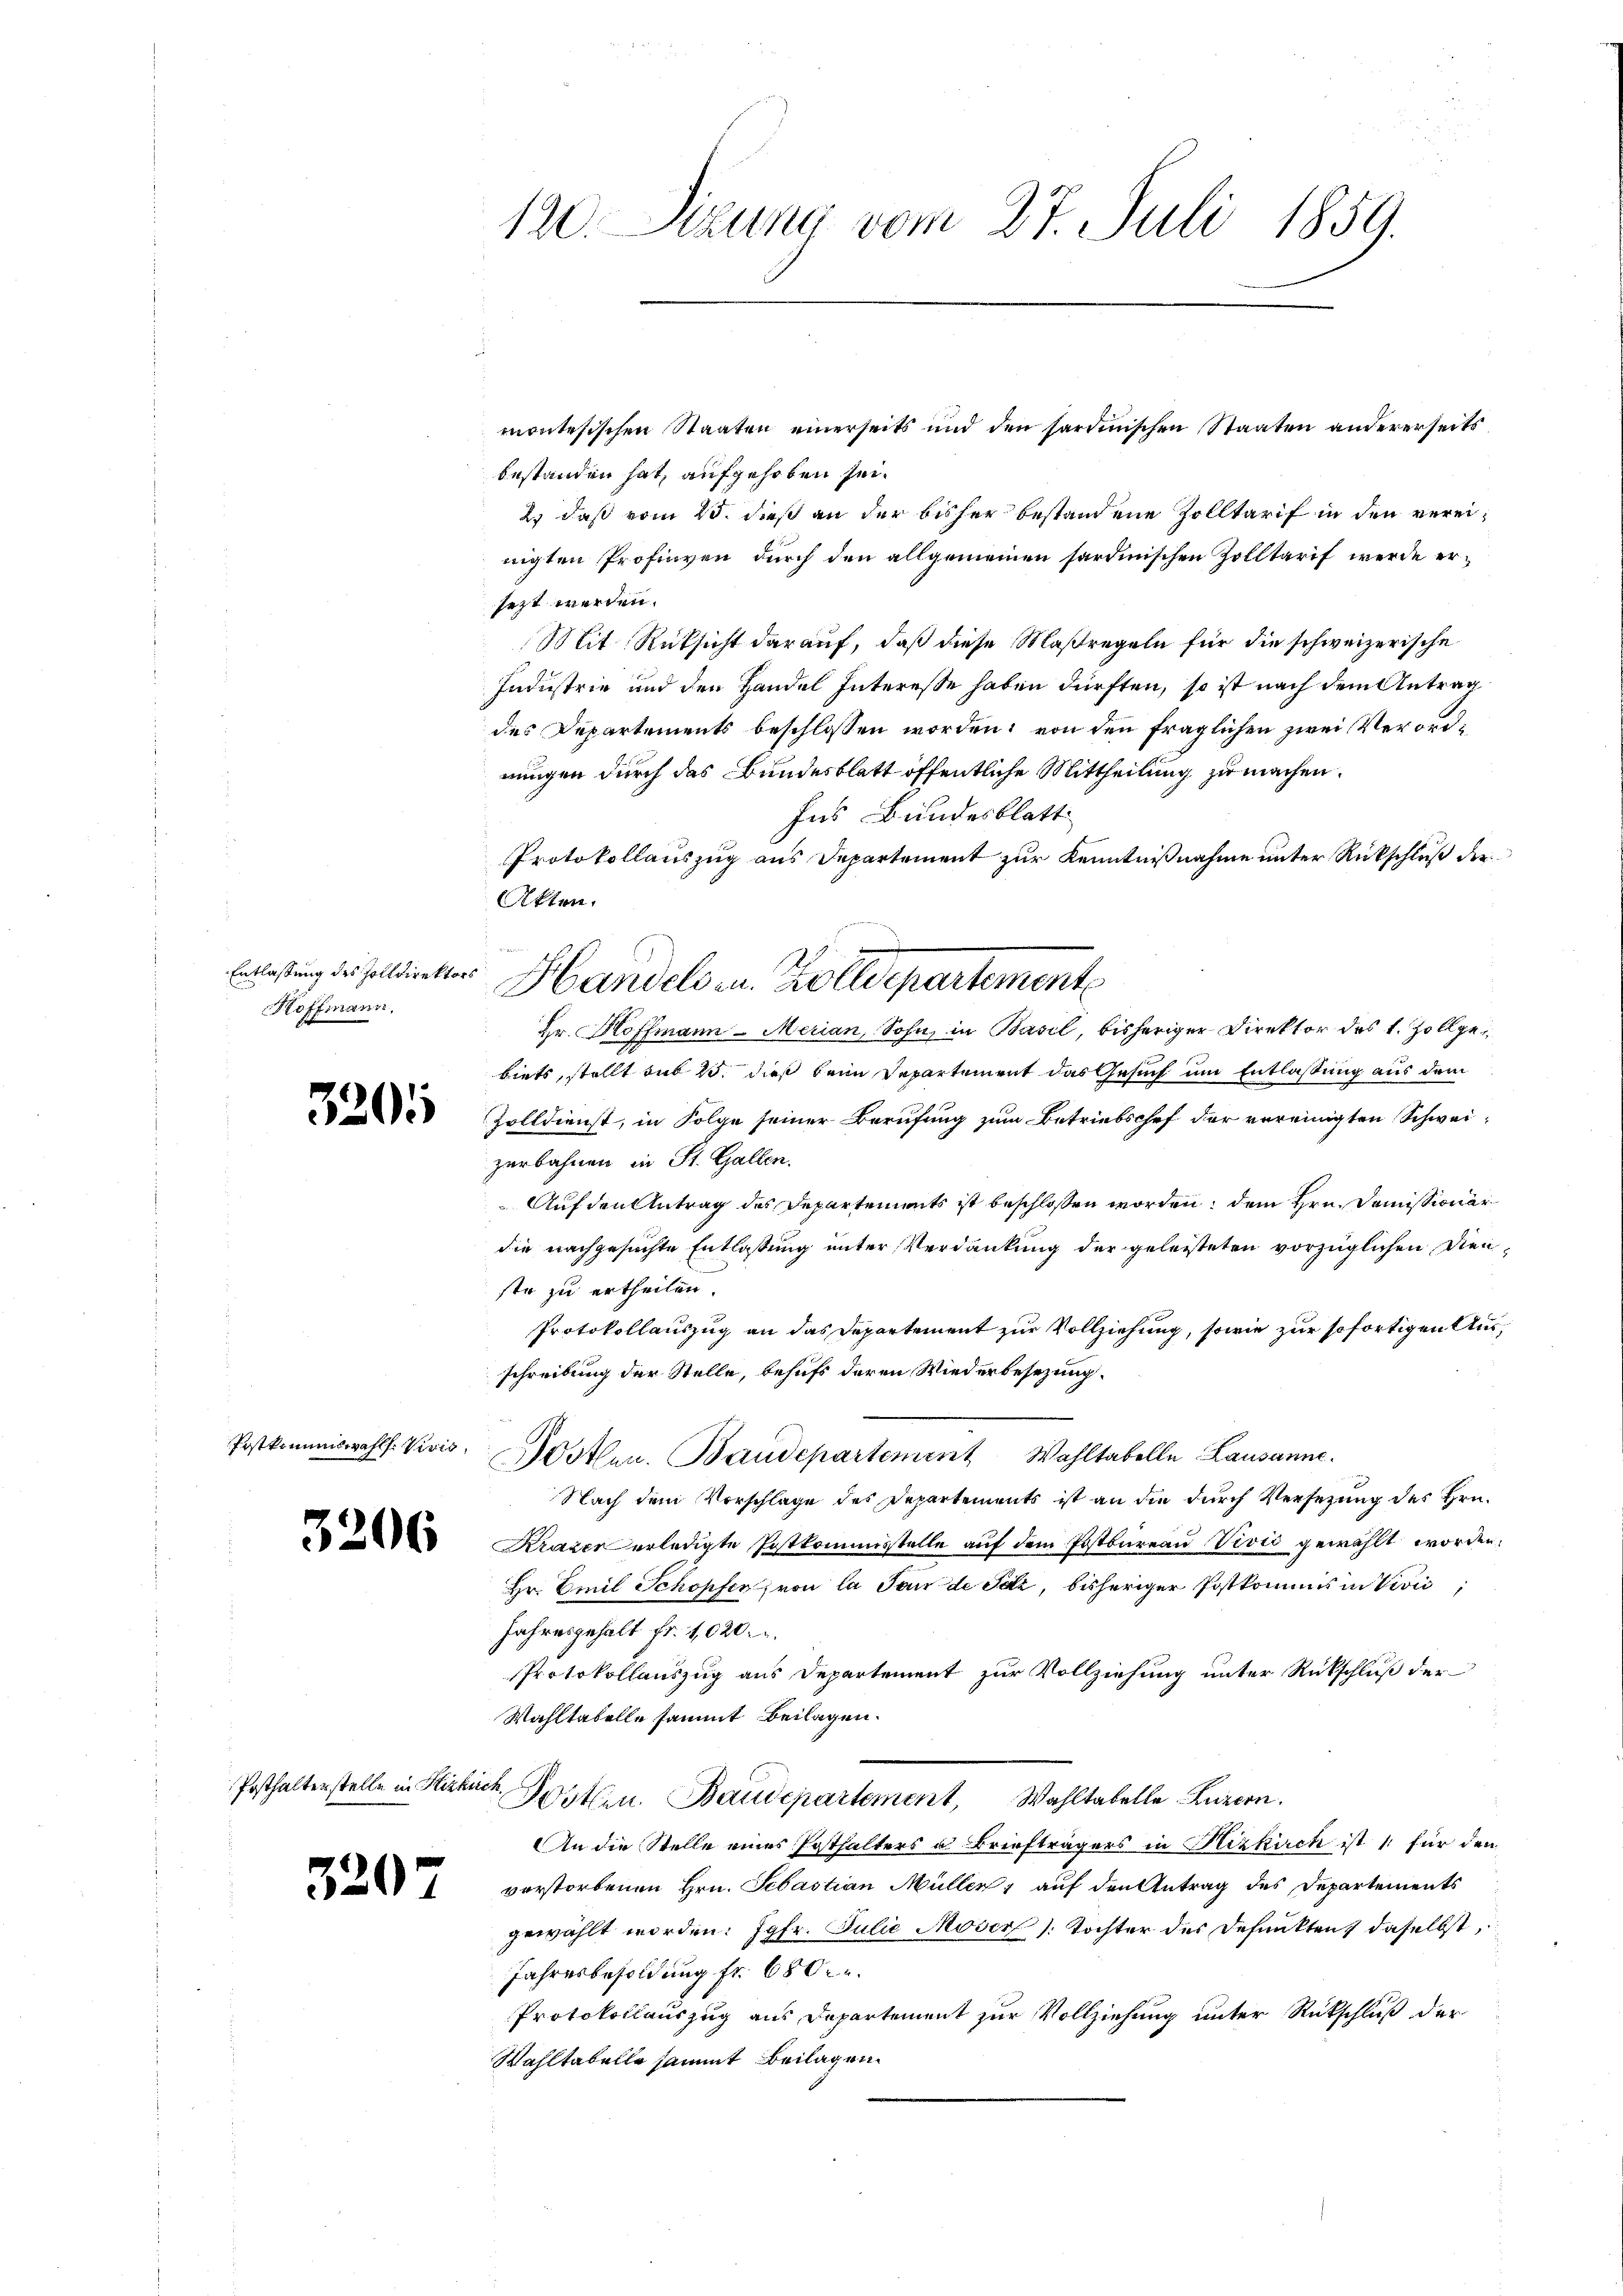
Entlassung des Zolldirektors
Hoffmann.

3201

Postkommiswahl. Vivis,

3206

Posthalterstelle in Hizkirch

320

montesischen Staaten einerseits und den sardinischen Staaten andererseits
bestanden hat, aufgehoben sei.
2. daß vom 15. dieß an der bisher bestandene Zolltarif in den vereinigten Profingen durch den allgemeinen sardinischen Zolltarif werde ersezt werden.
Mit Rücksicht darauf, daß diese Maßregeln für die schweizerische
Industrie und den Handel Interesse haben dürften, so ist nach dem Antrag
des Departements beschlossen worden; von den fraglichen zwei Verordnungen durch das Bundesblatt öffentliche Mittheilung zu machen.
Ins Bundesblatt
Protokollauszug aus Departement zur Kenntnißnahme unter Rückschluß der
Akten.
Hr. Hoffmann Merian, Sohn, in Basil, bisheriger Direktor des L. Zollgebiets, stellt aus 25. dieß beim Departement das Gesuch um Entlassung aus dem
Zolldienst, in Folge seiner Berufung zum Betriebschef der vereinigten Schweizerbahnen in St. Gallen.
Auf den Antrag des Departements ist beschlossen worden, dem Hrn. Domissionar
die nachgesuchte Entlaßung unter Verdankung der geleisteten vorzüglichen Dienste zu ertheilen.
Protokollauszug an das Departement zur Vollziehung, sowie zur sofortigen Ausschreibung der Stelle, behufs deren Wiederbesezung.
Wothen. Baudepartement Wahltabelle Lausanne.
Nach dem Vorschlage des Departements ist an die durch Versezung des Hrn.
Krazer erledigte Pistkommisstelle auf dem Postbureau Vives gewählt worden.
Hr. Emil Schopfer, von la Sande Satz, bisheriger Postkommis in Vivić,
Jahresgehalt fr. 1020.
Protokollauszug aus Departement zur Vollziehung unter Rückschluß der
Wahltabelle sammt Beilagen.
Posten. Baudepartement, Wahltabelle Luzern.
An die Stelle eines Posthalters u. Briefträgers in Hizkirch ist für den
vorstorbenen Hrn. Sebastian Müller, auf den Antrag des Departements
gewählt worden: Jgfr. Julie Moser Tochter des Defunkten, daselbst,
Jahresbesoldung fr. 680.
Protokollauszug aus Departement zur Vollziehung unter Rückschluß der
Wahltabelle sammt Beilagen.

120. Sizung vom 27. Juli 1859.

Handels u. Zolldepartemente